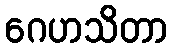
ဂေဟသိတာ